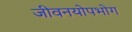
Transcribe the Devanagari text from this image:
जीवनयोपभोग